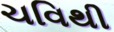
ચવિથી